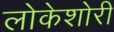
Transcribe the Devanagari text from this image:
लोकेशोरी